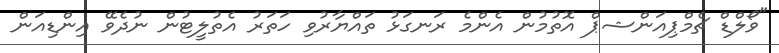
"ވޯލްޑް ޗެމްޕިއަންޝޕް އޮތުމުން އެންމެ ރަނގަޅު ތައްޔާރުވި ހަތަރު އެތުލީޓުން ނުދެވޭ އިންޑިއަން